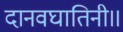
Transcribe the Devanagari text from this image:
दानवघातिनी॥